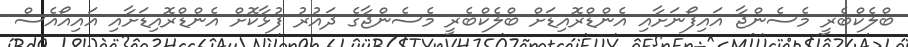
ބްލެކްބެރީ މެސެންޖާ އައިފޯނަށާއި އެންޑްރޮއިޑަށް ބްލެކްބެރީ މެސެންޖާގެ ދައުރު ފުޅާކޮށް އެންޑްރޮއިޑަށާއި އައިއޯއެސް